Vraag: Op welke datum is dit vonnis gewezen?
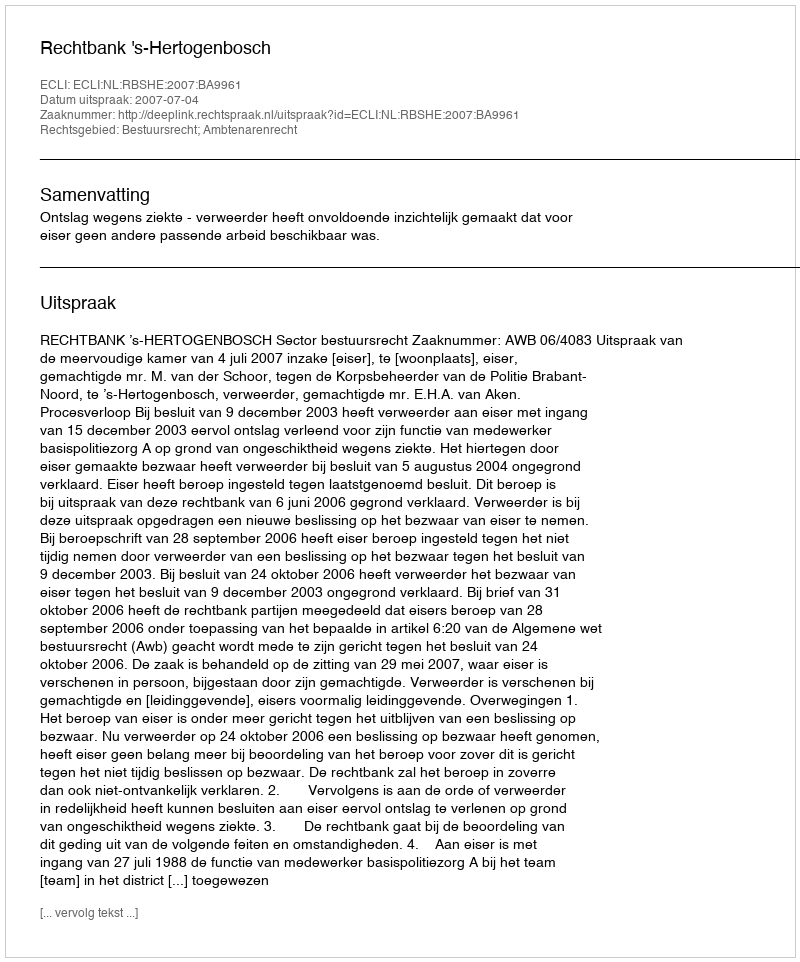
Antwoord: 2007-07-04